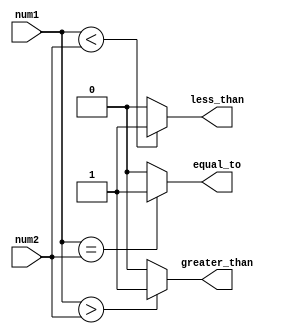
module inequality_comparator (
input [7:0] num1,
input [7:0] num2,
output reg greater_than,
output reg less_than,
output reg equal_to
);

always @ (*) begin
    greater_than = (num1 > num2) ? 1'b1 : 1'b0;
    less_than = (num1 < num2) ? 1'b1 : 1'b0;
    equal_to = (num1 == num2) ? 1'b1 : 1'b0;
end

endmodule